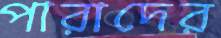
পারাদের